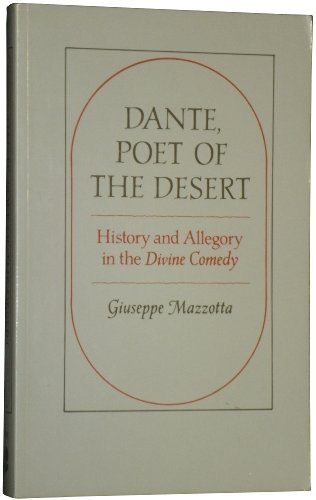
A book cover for Dante, Poet of the Desert: History and Allegory in the DIVINE COMEDY; Giuseppe Mazzotta; Literature & Fiction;